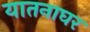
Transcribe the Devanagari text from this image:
यातनाघर